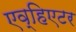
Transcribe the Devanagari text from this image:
एव्हिएटर